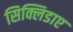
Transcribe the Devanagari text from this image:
सिक्लिडाए